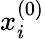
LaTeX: x_{i}^{(0)}